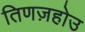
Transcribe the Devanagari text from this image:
तिणज़होउ